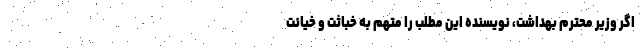
اگر وزیر محترم بهداشت، نویسنده این مطلب را متهم به خباثت و خیانت